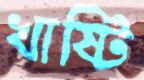
খাষ্টি